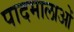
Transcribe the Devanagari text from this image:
पादमालाओं